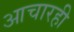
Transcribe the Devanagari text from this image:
आचारही